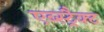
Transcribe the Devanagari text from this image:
एब्स्ट्रैक्ट